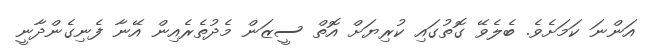
އަންނަ ކަމަށެވެ. ބެލެވޭ ގޮތުގައި ކުރިޔަށް އޮތް ސީޒަން މެދުތެރެއިން އޭނާ ފެނިގެންދާނީ